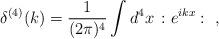
LaTeX: \begin{align*}\delta^{(4)}(k)=\frac{1}{(2\pi)^4}\int d^4 x \, :e^{i k x}: ~,\end{align*}